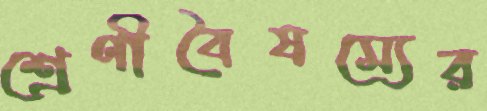
শ্রেণীবৈষম্যের